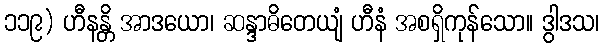
၁၁၉) ဟီနန္တိ အာဒယော၊ ဆန္ဒာဓိတေယျံ ဟီနံ အစရှိကုန်သော။ ဒွါဒသ၊